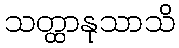
သတ္ထာနုသာသိ